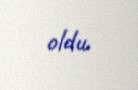
oldu.